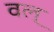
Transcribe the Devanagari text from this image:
वल्‌